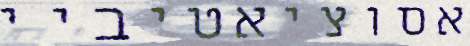
אסוציאטיביי